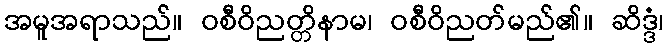
အမူအရာသည်။ ဝစီဝိညတ္တိနာမ၊ ဝစီဝိညတ်မည်၏။ ဆိဒ္ဒံ၊